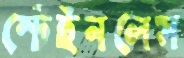
স্টেইনলেস